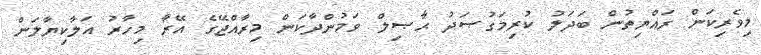
މިވެރިކަން ރައްޔިތުން ބަދަލު ކުރިމަގުޞަދު ޙާޞިލް ވަމުންދާކަން މިރާއްޖޭގެ އޭރާ މިހާރު އަލާކިޔާލަން